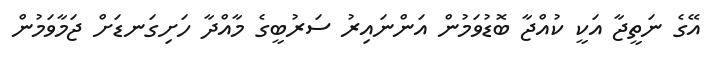
އޭގެ ނަތީޖާ އަކީ ކުއްޖާ ބޮޑުވަމުން އަންނައިރު ސަރުބީގެ މާއްދާ ހަށިގަނޑަށް ޖަމާވަމުން